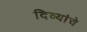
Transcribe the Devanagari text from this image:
दिव्यांचे